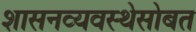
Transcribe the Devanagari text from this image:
शासनव्यवस्थेसोबत